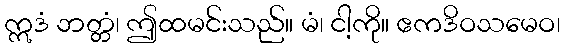
ဣဒံ ဘတ္တံ၊ ဤထမင်းသည်။ မံ၊ ငါ့ကို။ ဧကဒိဝသမေဝ၊